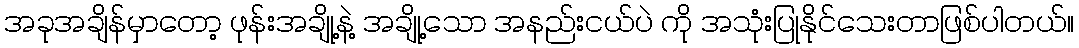
အခုအချိန်မှာတော့ ဖုန်းအချို့နဲ့ အချို့သော အနည်းငယ်ပဲ ကို အသုံးပြုနိုင်သေးတာဖြစ်ပါတယ်။